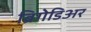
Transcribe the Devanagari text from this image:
ब्रिगेडिअर